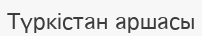
Түркістан аршасы